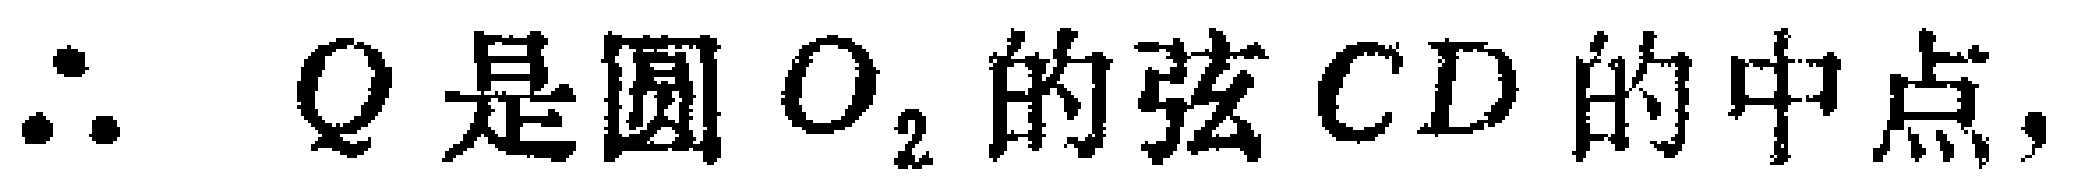
$\therefore\ Q是圆\ O_{2}的弦\ CD\ 的中点,$